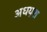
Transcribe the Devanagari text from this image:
अधय्श